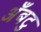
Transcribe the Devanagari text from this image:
अँबटु